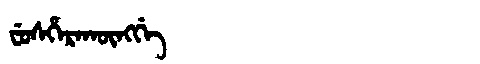
Manchu: ᠸᡠᠰᡥᡝᡵᠠᡴᡡᠩᡤᡝ
Romanization: FUSHERAKŪNGGE